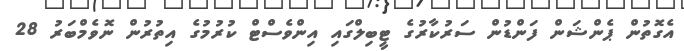
އެގޮތުން ޕެންޝަން ފަންޑުން ސަރުކާރުގެ ޓީބިލްގައި އިންވެސްޓް ކުރުމުގެ އިތުރުން ނޮވެމްބަރު 28